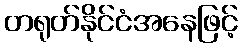
တရုတ်နိုင်ငံအနေဖြင့်